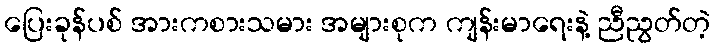
ပြေးခုန်ပစ် အားကစားသမား အများစုက ကျန်းမာရေးနဲ့ ညီညွတ်တဲ့